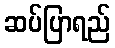
ဆပ်ပြာရည်